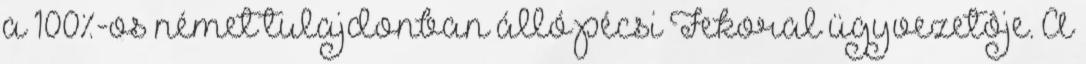
a 100%-os német tulajdonban álló pécsi Fekoral ügyvezetôje. A